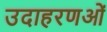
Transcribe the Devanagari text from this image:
उदाहरणओं